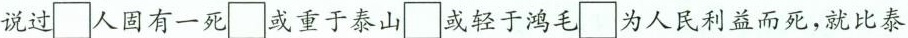
说过\Box固有一死\Box或重于泰山\Box或轻于鸿毛\Box为人民利益而死，就比泰